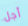
أجل